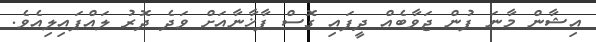
އިޝާން މާނަ ފުން ޖަވާބެއް ދީފައި ގޮސް ފާޚާނާއަށް ވަދެ ދޮރު ލައްޕައިލިއެވެ.